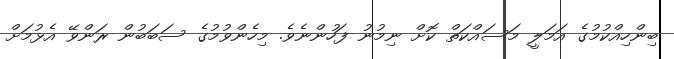
ބިންހިއްކުމުގެ އަމަލީ މަސައްކަތް ކޮށް ނިމުނު ފަހުންނެވެ. މިހެންވުމުގެ ސަބަބުން ރަންވޭ އެޅުމަށް